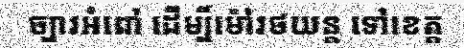
ច្បារអំពៅ ដើម្បីម៉ៅរថយន្ត ទៅខេត្ត